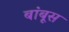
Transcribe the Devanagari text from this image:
बांबूस